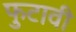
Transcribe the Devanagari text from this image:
फुटावी